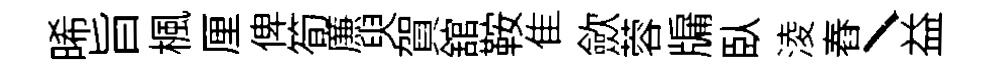
晞旨楓厘俾筍㢘臾賀舘鞍隹歛蓉牖臥淩舂丶益